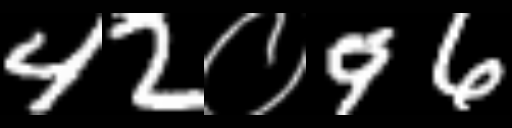
Text: 42०96